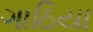
ગાઠિયા